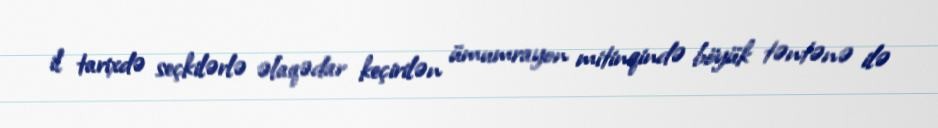
il tarixdə seçkilərlə əlaqədar keçirilən ümumrayon mitinqində böyük təntənə ilə